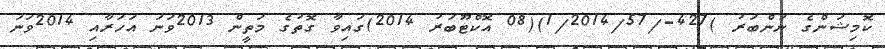
ކޮމިޝަންގެ ނަންބަރު )427-/1/2014/57)(08 އޮކްޓޫބަރު 2014)ގައިވާ ގޮތުގެ މަތީން 2013ވަނަ އަހަރާއި 2014ވަނަ